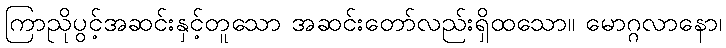
ကြာညိုပွင့်အဆင်းနှင့်တူသော အဆင်းတော်လည်းရှိထသော။ မောဂ္ဂလာနော၊